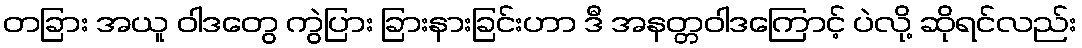
တခြား အယူ ဝါဒတွေ ကွဲပြား ခြားနားခြင်းဟာ ဒီ အနတ္တဝါဒကြောင့် ပဲလို့ ဆိုရင်လည်း